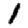
Digit: 1